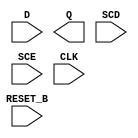
module sky130_fd_sc_hd__sdfrtp (
    //# {{data|Data Signals}}
    input  D      ,
    output Q      ,

    //# {{control|Control Signals}}
    input  RESET_B,

    //# {{scanchain|Scan Chain}}
    input  SCD    ,
    input  SCE    ,

    //# {{clocks|Clocking}}
    input  CLK
);

    // Voltage supply signals
    supply1 VPWR;
    supply0 VGND;
    supply1 VPB ;
    supply0 VNB ;

endmodule